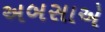
અબસાએ